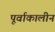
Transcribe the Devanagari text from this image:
पूर्वाकालीन